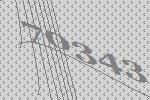
70343